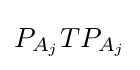
P_{A_{j}}TP_{A_{j}}